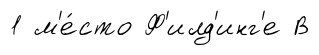
1 м'е́сто Ф'илд'инг'е В